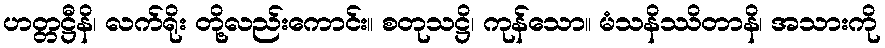
ဟတ္တဋ္ဌီနိ၊ လက်ရိုး တို့လည်းကောင်း။ စတုသဋ္ဌိ၊ ကုန်သော။ မံသနိဿိတာနိ၊ အသားကို